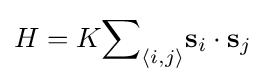
H=K{\sum }_{\langle i,j\rangle }\mathbf {s} _{i}\cdot \mathbf {s} _{j}